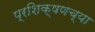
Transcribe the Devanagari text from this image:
प्रशिक्षणच्या